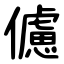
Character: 儢